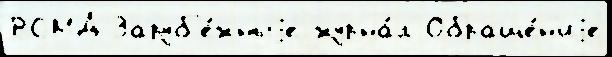
РСМД Заруб'е́жныjе журна́л Обраще́н'иjе